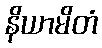
နိယာမိတံ